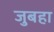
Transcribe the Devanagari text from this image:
जुबहा